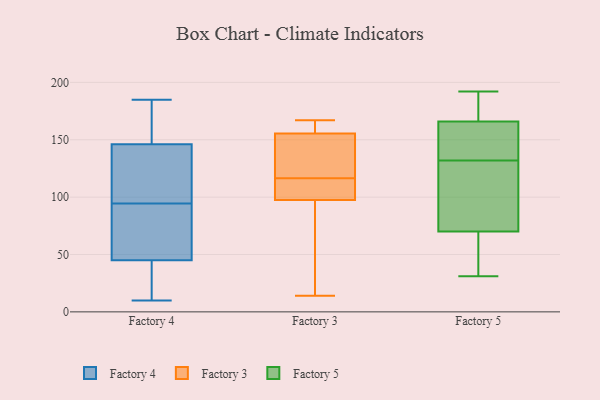
{"axis": {"x": "Website Visitors", "y": "Value"}, "legend": ["Factory 3", "Factory 4", "Factory 5"], "data": [{"x": "", "y": 146, "type": "Factory 4"}, {"x": "", "y": 185, "type": "Factory 4"}, {"x": "", "y": 45, "type": "Factory 4"}, {"x": "", "y": 61, "type": "Factory 4"}, {"x": "", "y": 101, "type": "Factory 4"}, {"x": "", "y": 110, "type": "Factory 4"}, {"x": "", "y": 103, "type": "Factory 4"}, {"x": "", "y": 10, "type": "Factory 4"}, {"x": "", "y": 179, "type": "Factory 4"}, {"x": "", "y": 82, "type": "Factory 4"}, {"x": "", "y": 56, "type": "Factory 4"}, {"x": "", "y": 122, "type": "Factory 4"}, {"x": "", "y": 17, "type": "Factory 4"}, {"x": "", "y": 163, "type": "Factory 4"}, {"x": "", "y": 181, "type": "Factory 4"}, {"x": "", "y": 40, "type": "Factory 4"}, {"x": "", "y": 88, "type": "Factory 4"}, {"x": "", "y": 16, "type": "Factory 4"}, {"x": "", "y": 159, "type": "Factory 3"}, {"x": "", "y": 165, "type": "Factory 3"}, {"x": "", "y": 115, "type": "Factory 3"}, {"x": "", "y": 118, "type": "Factory 3"}, {"x": "", "y": 165, "type": "Factory 3"}, {"x": "", "y": 94, "type": "Factory 3"}, {"x": "", "y": 27, "type": "Factory 3"}, {"x": "", "y": 110, "type": "Factory 3"}, {"x": "", "y": 123, "type": "Factory 3"}, {"x": "", "y": 148, "type": "Factory 3"}, {"x": "", "y": 40, "type": "Factory 3"}, {"x": "", "y": 167, "type": "Factory 3"}, {"x": "", "y": 152, "type": "Factory 3"}, {"x": "", "y": 101, "type": "Factory 3"}, {"x": "", "y": 14, "type": "Factory 3"}, {"x": "", "y": 115, "type": "Factory 3"}, {"x": "", "y": 192, "type": "Factory 5"}, {"x": "", "y": 108, "type": "Factory 5"}, {"x": "", "y": 70, "type": "Factory 5"}, {"x": "", "y": 184, "type": "Factory 5"}, {"x": "", "y": 31, "type": "Factory 5"}, {"x": "", "y": 166, "type": "Factory 5"}, {"x": "", "y": 65, "type": "Factory 5"}, {"x": "", "y": 150, "type": "Factory 5"}, {"x": "", "y": 126, "type": "Factory 5"}, {"x": "", "y": 138, "type": "Factory 5"}]}